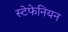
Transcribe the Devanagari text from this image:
स्टेफेनियन